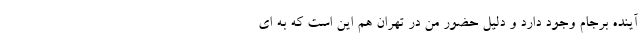
آینده برجام وجود دارد و دلیل حضور من در تهران هم این است که به ای